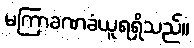
မကြာခဏခံယူရရှိသည်။